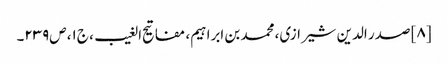
[۸] صدر الدین شیرازی، محمد بن ابراہیم‌، مفاتیح الغیب، ج‌۱، ص‌۲۳۹۔